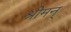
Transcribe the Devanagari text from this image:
श्रीमन्